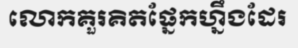
លោកគួរគិតផ្នែកហ្នឹងដែរ